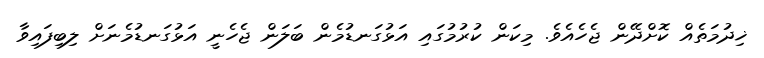
ޚިދުމަތެއް ކޮށްދޭން ޖެހެއެވެ. މިކަން ކުރުމުގައި އަޅުގަނޑުމެން ބަލަން ޖެހެނީ އަޅުގަނޑުމެނަށް ލިބިފައިވާ